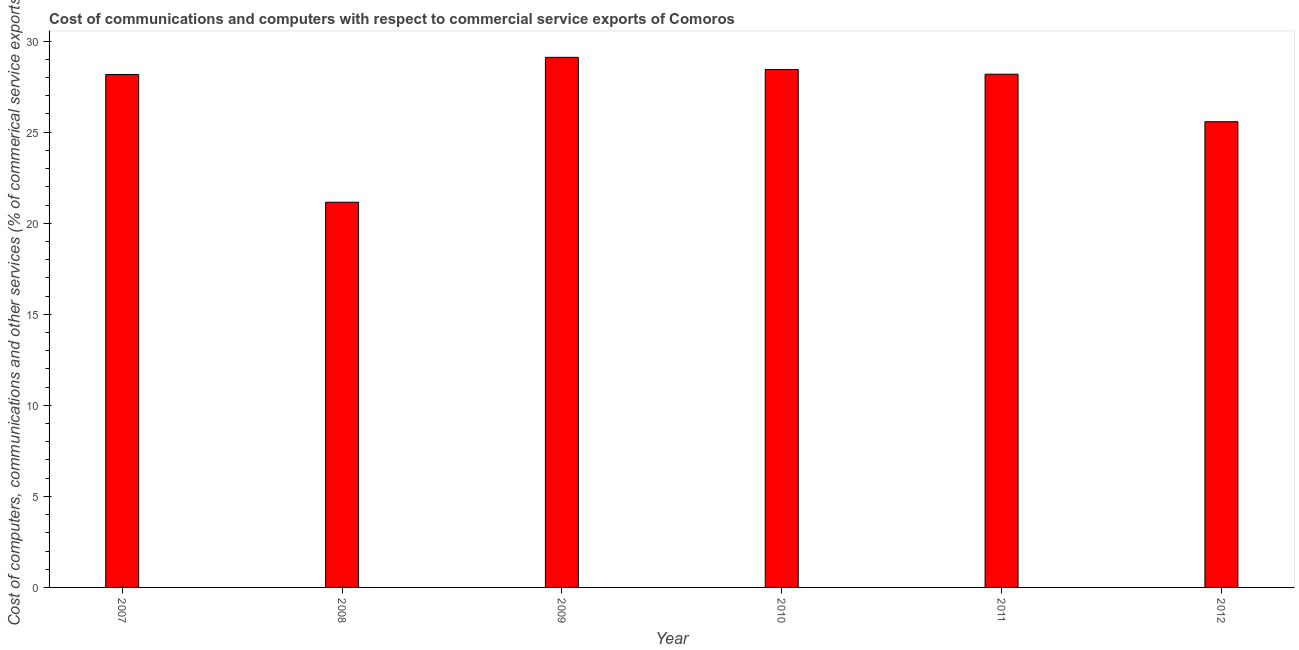
| Year | Computer |
 | --- | --- |
 | 2007 | 28.2 |
 | 2008 | 21.2 |
 | 2009 | 29.1 |
 | 2010 | 28.4 |
 | 2011 | 28.2 |
 | 2012 | 25.6 |